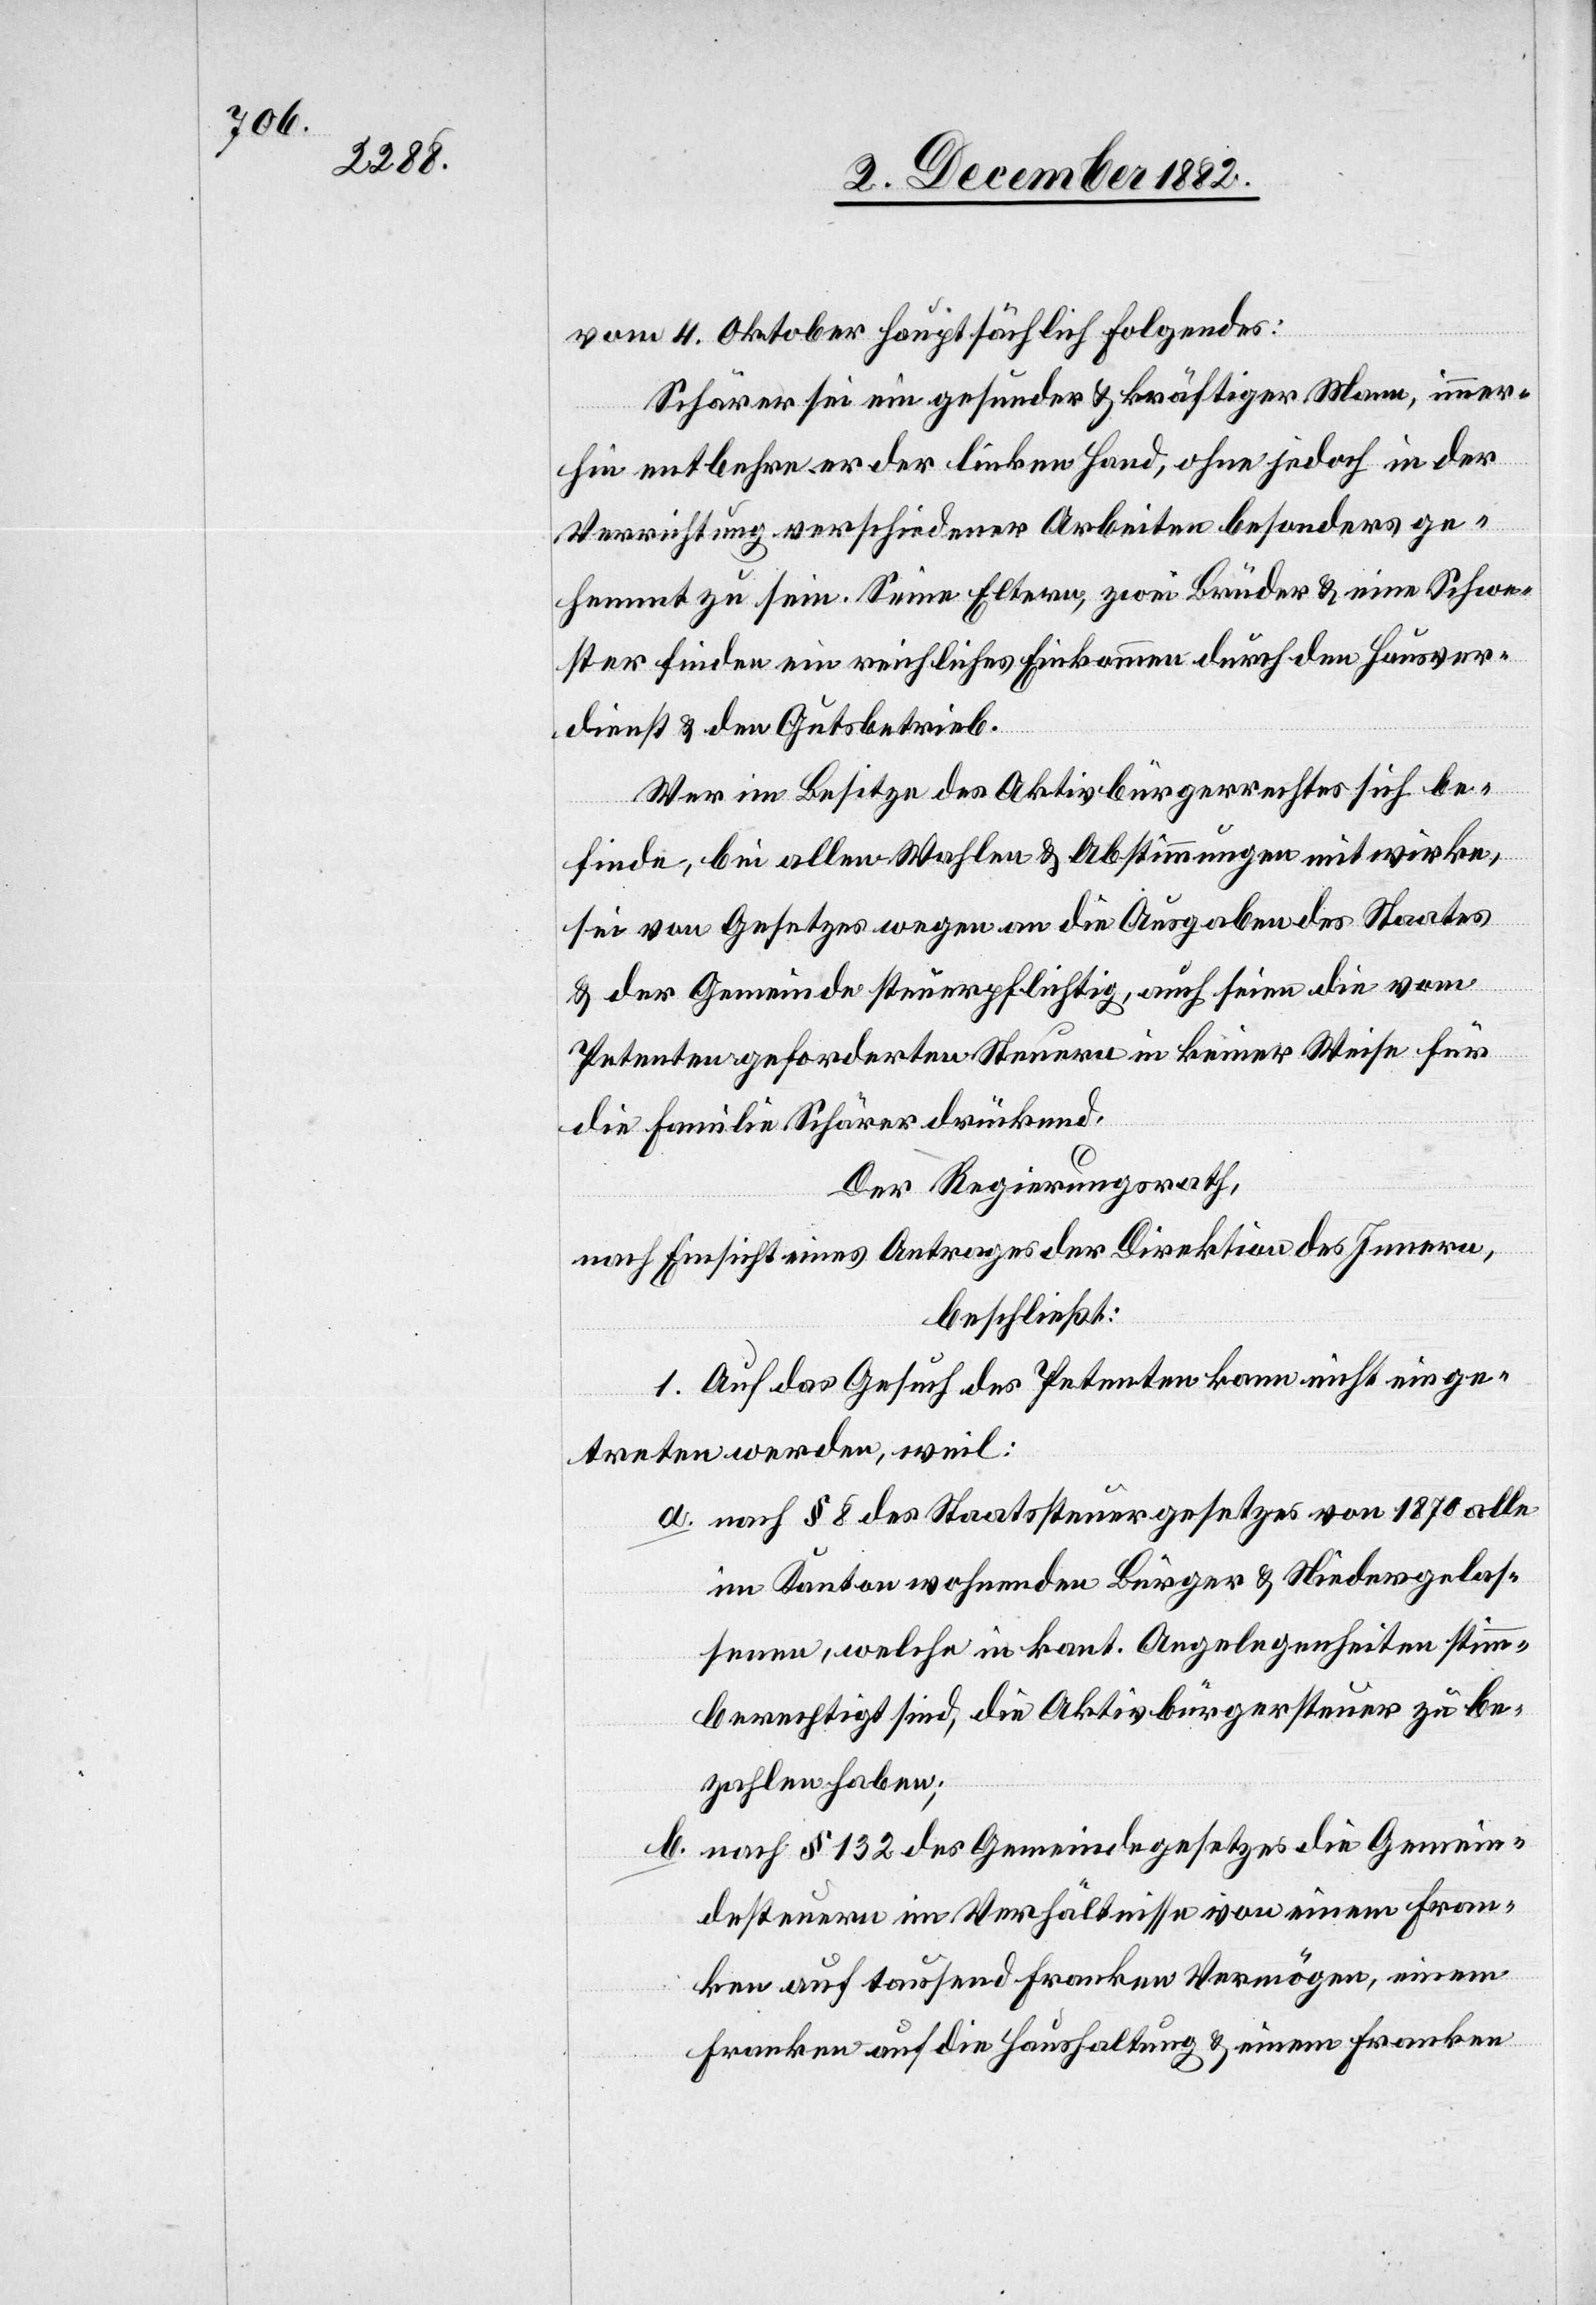
vom 4. Oktober hauptsächlich Folgendes:
Schärer sei ein gesunder & kräftiger Mann, immer¬
hin entbehre er der linken Hand, ohne jedoch in der
Verrichtung verschiedener Arbeiten besonders ge¬
hemmt zu sein. Seine Eltern, zwei Brüder & eine Schwe¬
ster finden ein reichliches Einkommen durch den Hausver¬
dienst & den Gutsbetrieb.
Wer im Besitze des Aktivbürgerrechtes sich be¬
finde, bei allen Wahlen & Abstimmungen mitwirke,
sei von Gesetzes wegen an die Ausgaben des Staates
& der Gemeinde steuerpflichtig, auch seien die vom
Petenten geforderten Steuern in keiner Weise für
die Familie Schärer drückend.
Der Regierungsrath,
nach Einsicht eines Antrages der Direktion des Innern,
beschließt:
1. Auf das Gesuch des Petenten kann nicht einge¬
treten werden, weil:
a. nach § 8 des Staatssteuergesetzes von 1870 alle
im Kanton wohnenden Bürger & Niedergelas¬
senen, welche in kant. Angelegenheiten stimm¬
berechtigt sind, die Aktivbürgersteuer zu be¬
zahlen haben;
b. nach § 132 des Gemeindegesetzes die Gemein¬
desteuern im Verhältnisse von einem Fran¬
ken auf tausend Franken Vermögen, einem
Franken auf die Haushaltung & einem Franken